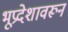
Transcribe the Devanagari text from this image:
भूप्रदेशावरून